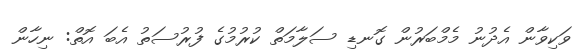
ވަކިވާން އެދުނު މެމްބަރުން ގޮނޑި ސަލާމަތް ކުރުމުގެ ފުރުސަތު އެބަ އޮތް: ނިހާން